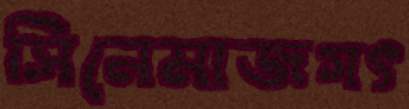
সিনেমাজগৎ